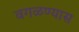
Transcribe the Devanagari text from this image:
वगळण्यास